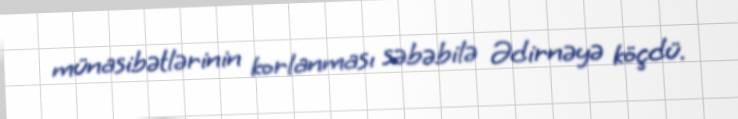
münasibətlərinin korlanması səbəbilə Ədirnəyə köçdü.